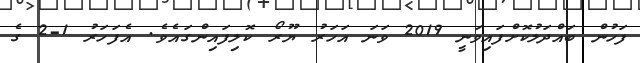
ފަހުން ބައްދަލުކޮށްފައިވަނީ 2019 ވަނަ އަހަރު ޔޫރޯ ކޮލިފައިންގައެވެ. އެފަހަރު 1-2 ގެ